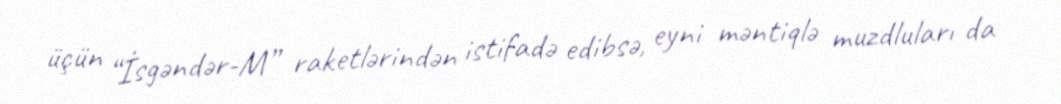
üçün “İsgəndər-M” raketlərindən istifadə edibsə, eyni məntiqlə muzdluları da